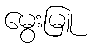
မွေးမြူ